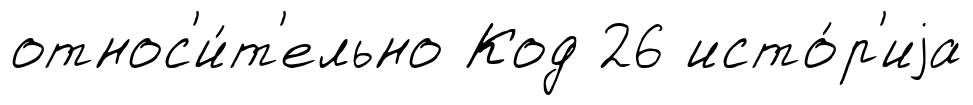
относ'и́т'ельно Код 26 исто́р'иjа